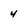
Character: 4